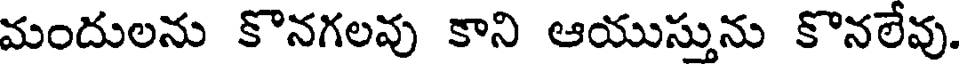
మందులను కొనగలవు కాని ఆయుస్తును కొనలేవు.